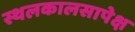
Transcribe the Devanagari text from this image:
स्थलकालसापेक्ष